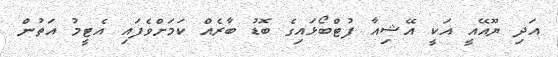
އަދި ޔޫއޭއީ އަކީ އޭޝިއާ ފުޓްބޯޅައިގެ ބޮޑު ބާރެއް ކަމަށްވެފައި އެޓީމު އަތުން